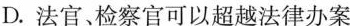
D.法官检察官可以超越法律办案